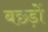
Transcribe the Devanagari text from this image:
बछ्ड़ों